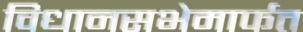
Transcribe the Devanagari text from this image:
विधानसभेमार्फत